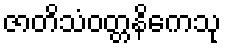
ဇာတိသံဝတ္တနိကေသု